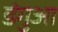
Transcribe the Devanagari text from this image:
डंगुआ